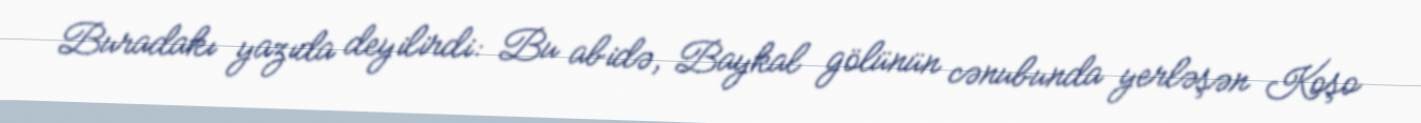
Buradakı yazıda deyilirdi: Bu abidə, Baykal gölünün cənubunda yerləşən Koşo